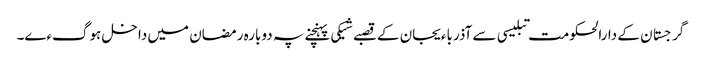
گرجستان کے دارالحکومت تبلیسی سے آذرباءیجان کے قصبے شیکی پہنچنے پہ دوبارہ رمضان میں داخل ہوگءے۔